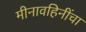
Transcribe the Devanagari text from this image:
मीनावहिनींचा